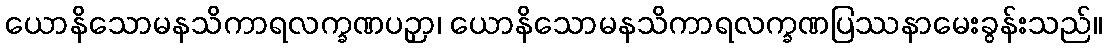
ယောနိသောမနသိကာရလက္ခဏပဉှာ၊ ယောနိသောမနသိကာရလက္ခဏပြဿနာမေးခွန်းသည်။